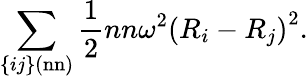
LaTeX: \sum_{\{ ij\} (\mathrm{nn})}{\frac{1}{2}}nn\omega^{2}\left(R_{i}-R_{j}\right)^{2}.